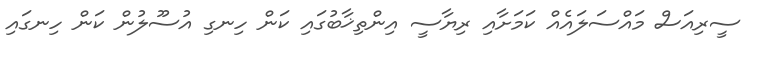
ސީރިއަސް މައްސަލައެއް ކަމަށާއި ރިޔާސީ އިންތިޚާބުގައި ކަން ހިނގި އުސޫލުން ކަން ހިނގައި